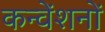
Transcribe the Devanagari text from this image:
कन्वेंशनों